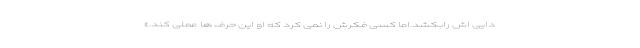
دایی اش رابکشد.اما کسی فکرش را نمی کرد که او این حرف ها عملی کند.»